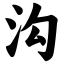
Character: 沟